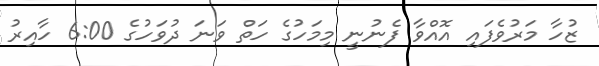
ޒުހާ މަރުވެފައި އޮއްވާ ފެނުނީ މިމަހުގެ ހަތް ވަނަ ދުވަހުގެ 6:00 ހާއިރު